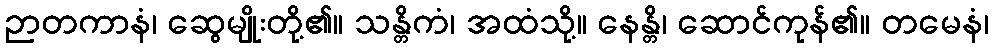
ဉာတကာနံ၊ ဆွေမျိုးတို့၏။ သန္တိကံ၊ အထံသို့။ နေန္တိ၊ ဆောင်ကုန်၏။ တမေနံ၊